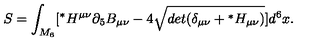
S = \int _ { M _ { 6 } } [ { } ^ { * } H ^ { \mu \nu } \partial _ { 5 } B _ { \mu \nu } - 4 { } \sqrt { d e t ( \delta _ { \mu \nu } + { } ^ { * } H _ { \mu \nu } ) } ] d ^ { 6 } x .